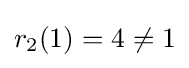
r_{2}(1)=4\neq 1